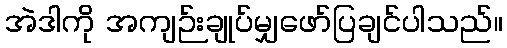
အဲဒါကို အကျဉ်းချုပ်မျှဖော်ပြချင်ပါသည်။